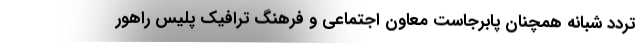
تردد شبانه همچنان پابرجاست معاون اجتماعی و فرهنگ ترافیک پلیس راهور